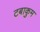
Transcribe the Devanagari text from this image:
टबाकुम